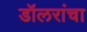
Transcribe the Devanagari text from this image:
डॉलरांचा